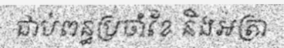
ជាប់ពន្ធប្រចាំខែ និងអត្រា